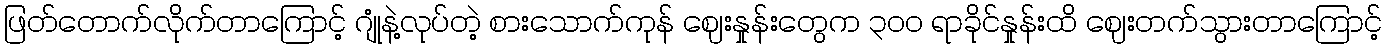
ဖြတ်တောက်လိုက်တာကြောင့် ဂျုံနဲ့လုပ်တဲ့ စားသောက်ကုန် ဈေးနှုန်းတွေက ၃၀၀ ရာခိုင်နှုန်းထိ ဈေးတက်သွားတာကြောင့်